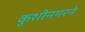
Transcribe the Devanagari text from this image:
कुशीनगरने